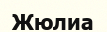
Жюлиа